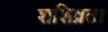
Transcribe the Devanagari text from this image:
शशिव्रता